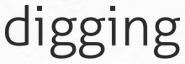
digging